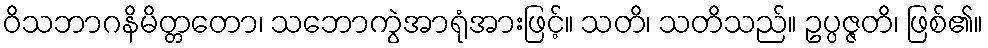
ဝိသဘာဂနိမိတ္တတော၊ သဘောကွဲအာရုံအားဖြင့်။ သတိ၊ သတိသည်။ ဥပ္ပဇ္ဇတိ၊ ဖြစ်၏။